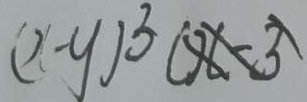
( x - y ) ^ { 3 }